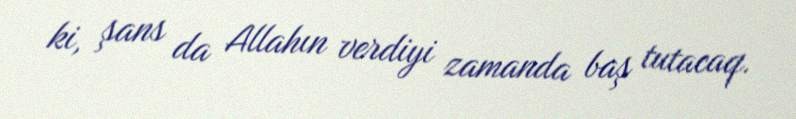
ki, şans da Allahın verdiyi zamanda baş tutacaq.